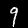
Label: 9